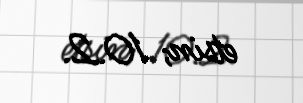
etsin; 10.2.